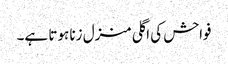
فواحش کی اگلی منزل زنا ہوتا ہے۔